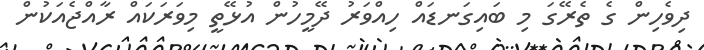
ދިވެހިން ގެ ތެރޭގަ މި ބައިގަނޑައް ހިއްވަރު ދޭމީހުން އުޅޭތީ މިވަރަކައް ރާއްޖެއަކުން